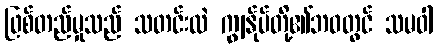
ဖြစ်တည်မှုသည် သတင်းထဲ ကျွန်ုပ်တို့၏ဘဝတွင် သမဝါ